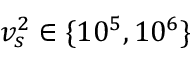
v _ { s } ^ { 2 } \in \{ 1 0 ^ { 5 } , 1 0 ^ { 6 } \}